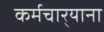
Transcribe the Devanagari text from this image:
कर्मचार्‍याना